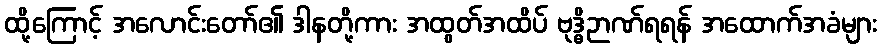
ထို့ကြောင့် အလောင်းတော်၏ ဒါနတို့ကား အထွတ်အထိပ် ဗုဒ္ဓိဉာဏ်ရရန် အထောက်အခံများ